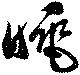
睡